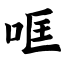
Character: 哐